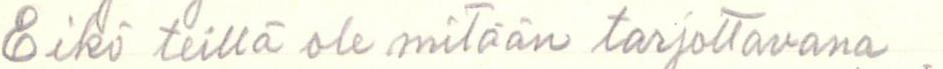
Eikö teillä ole mitään tarjottavana .